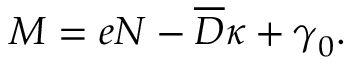
\begin{array} { r } { \boldsymbol { { M } } = \boldsymbol { { { e } } } \boldsymbol { { N } } - \boldsymbol { { \overline { { D } } } } \boldsymbol { { \kappa } } + \boldsymbol { { { \gamma } } } _ { 0 } . } \end{array}